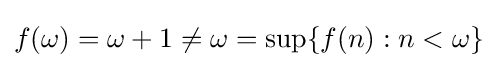
f(\omega )=\omega +1\neq \omega =\sup\{f(n):n<\omega \}